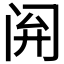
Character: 𫔰